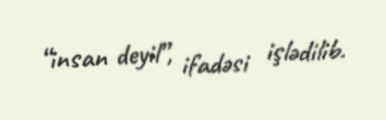
“insan deyil”, ifadəsi işlədilib.